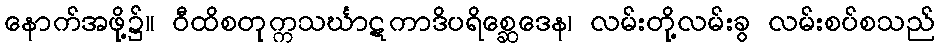
နောက်အဖို့၌။ ဝီထိစတုက္ကသင်္ဃာဋကာဒိပရိစ္ဆေဒေန၊ လမ်းတို့လမ်းခွ လမ်းစပ်စသည်